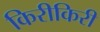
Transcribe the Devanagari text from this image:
किरीकिरी